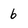
Character: 6